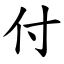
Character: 付